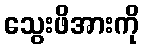
သွေးဖိအားကို